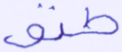
طبق